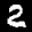
Label: 2